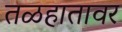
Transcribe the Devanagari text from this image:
तळहातावर